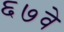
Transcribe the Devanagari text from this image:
६७वे